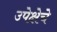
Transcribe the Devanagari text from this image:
उपेक्षेचे